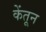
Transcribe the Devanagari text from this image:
केंतून